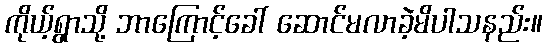
ကိုယ့်ရွာသို့ ဘာကြောင့်ခေါ် ဆောင်မလာခဲ့မိပါသနည်း။